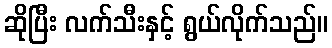
ဆိုပြီး လက်သီးနှင့် ရွယ်လိုက်သည်။